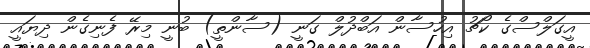
އީގަލްސްގެ ކޯޗު އިހުސާން އަބްދުލް ގަނީ (ސާންތީ) ބުނީ މިރޭ ފެނިގެން ދިޔައީ